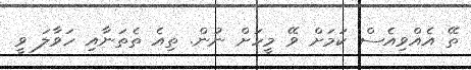
ތޭ އެއްވިއެސް ކަމަށް ވޭ މީހަށް ނުން. ތިއެ ތެތަނާއި ހަވާލަ ވީ